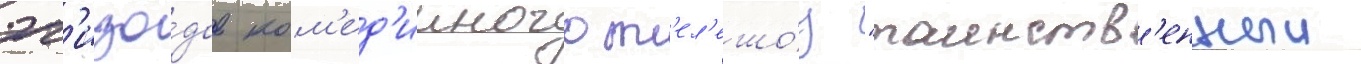
эп'изо́дов ком'ед'ииного т'ел'ешо́у "таинств'енныи